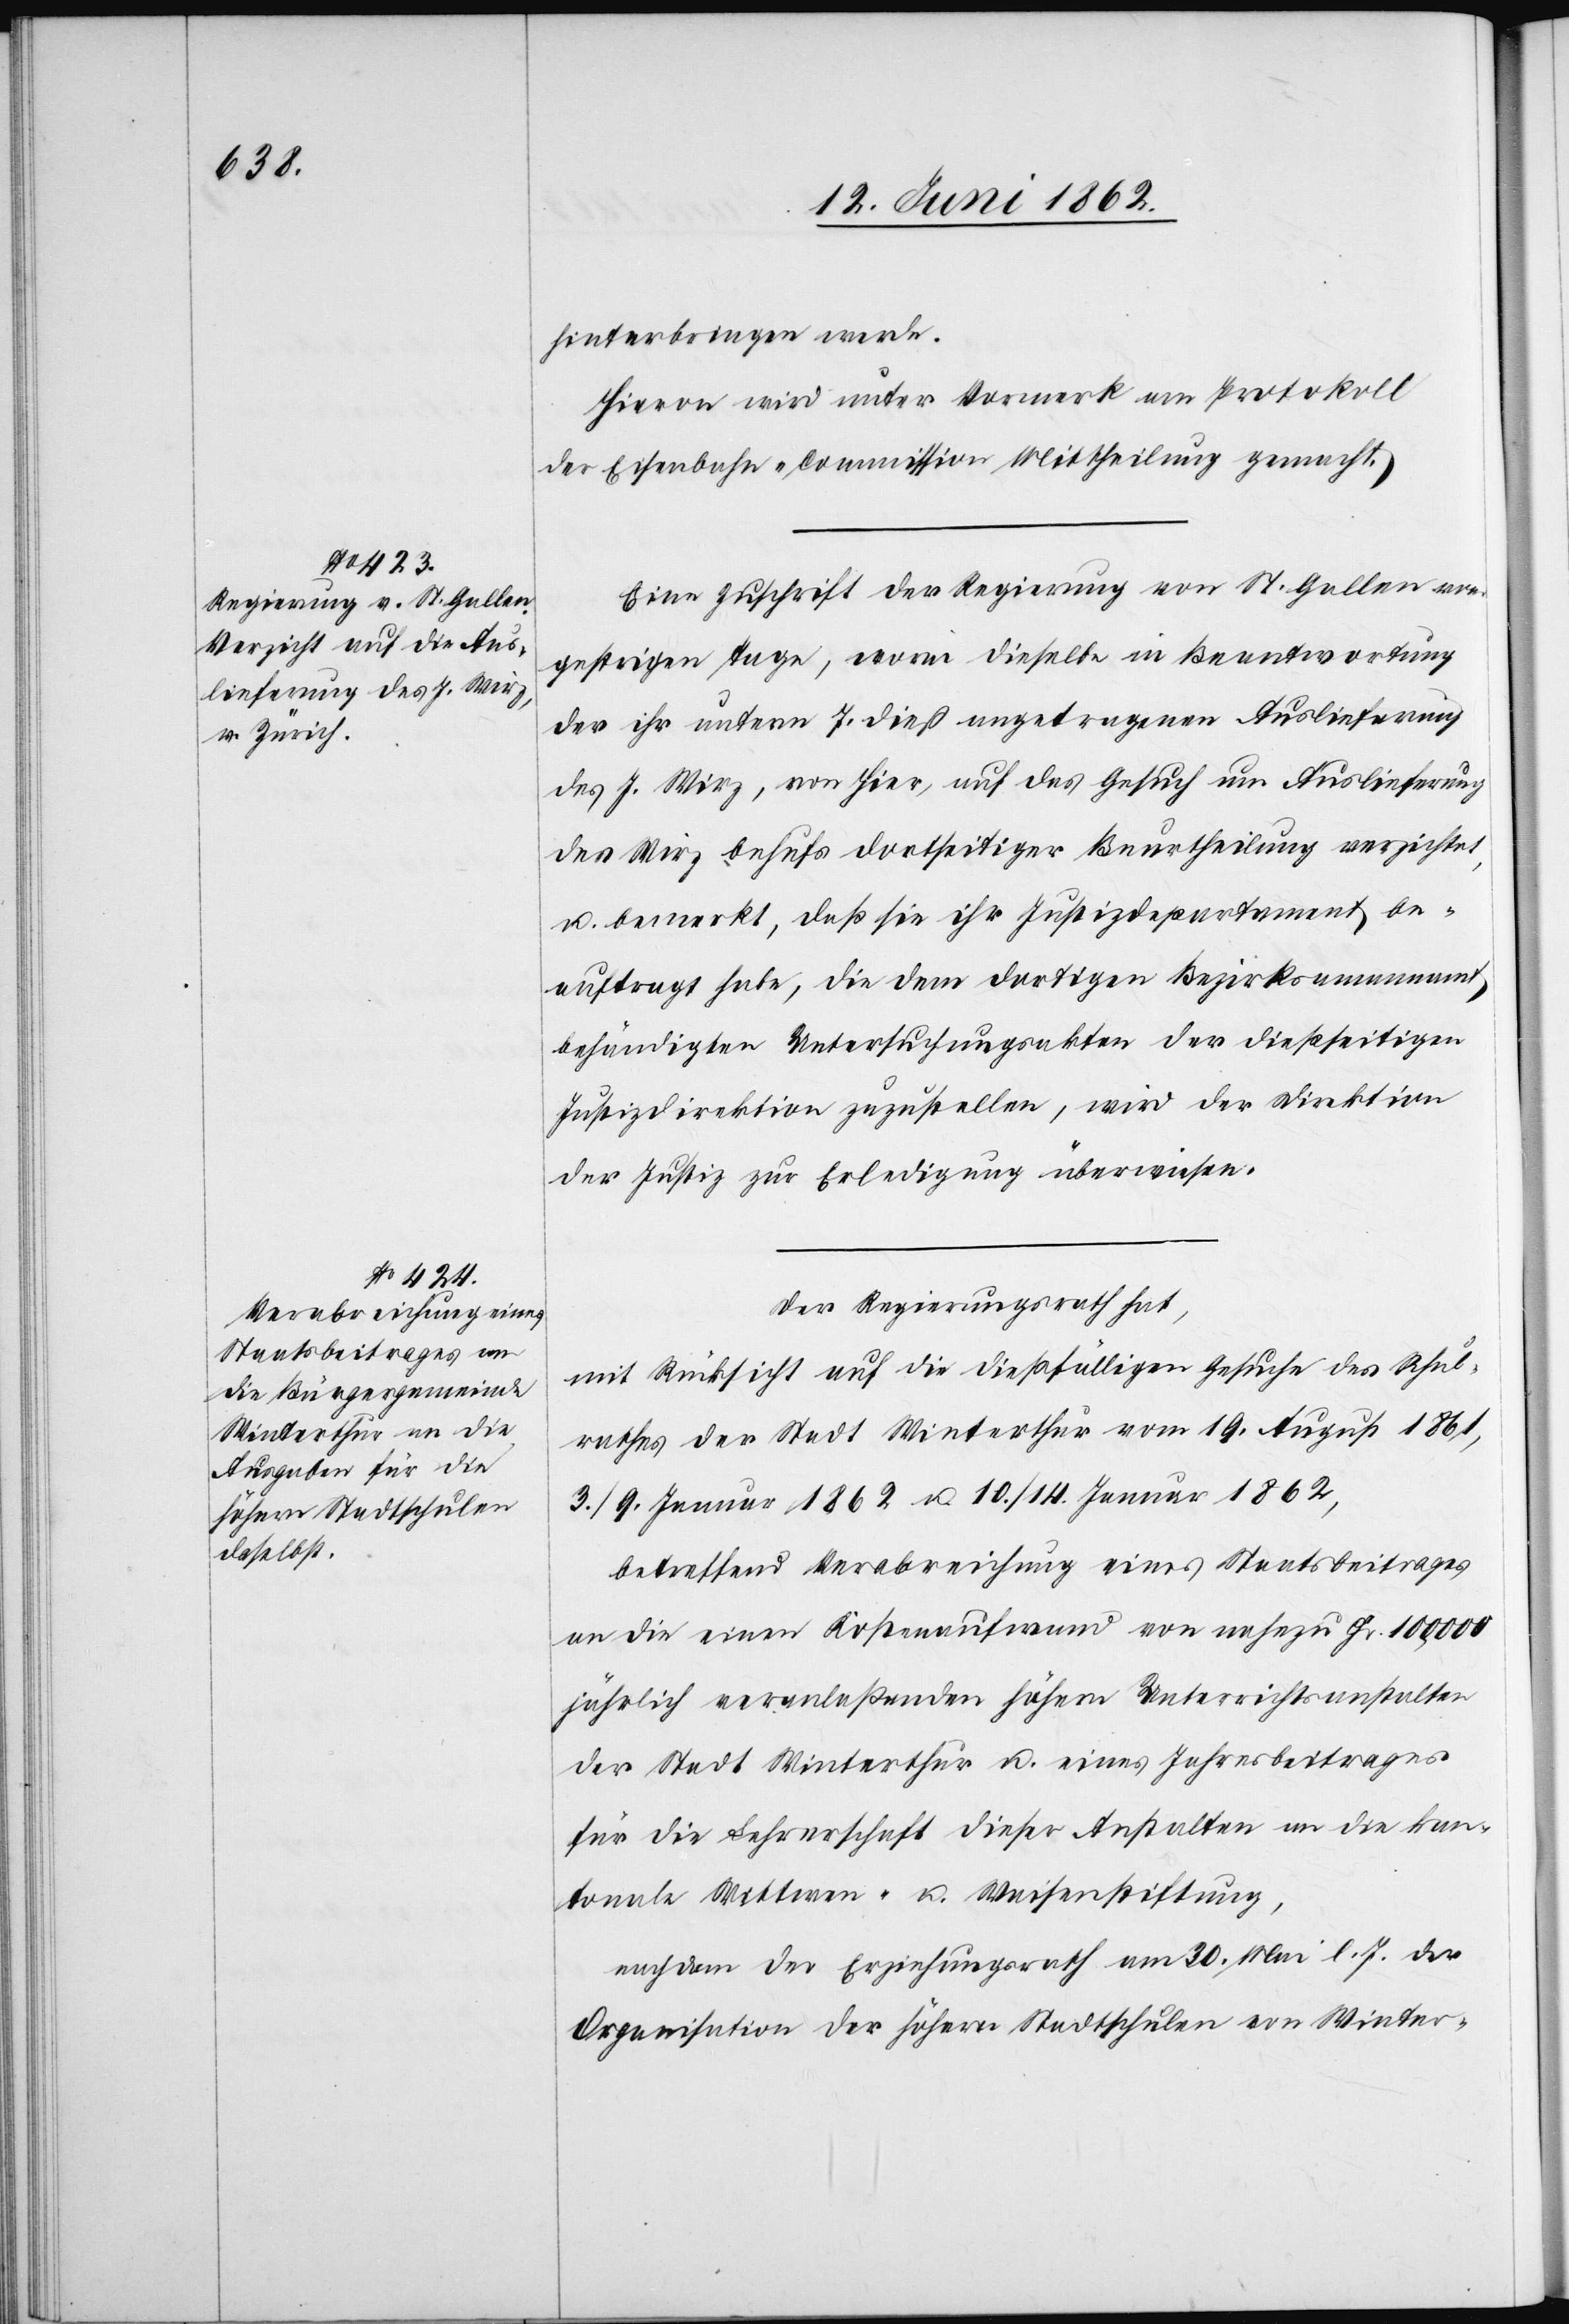
hinterbringen werde.
Hievon wird unter Vormerk am Protokoll
der Eisenbahn-Commission Mittheilung gemacht.
Eine Zuschrift der Regierung von St. Gallen vom
gestrigen Tage, worin dieselbe in Beantwortung
der ihr unterm 7. dieß angetragenen Auslieferung
des J. Wirz, von hier, auf das Gesuch um Auslieferung
des Wirz behufs dortseitiger Beurtheilung verzichtet,
u. bemerkt, daß sie ihr Justizdepartement be¬
auftragt habe, die dem dortigen Bezirksammannamt
behändigten Untersuchungsakten der dießseitigen
Justizdirektion zuzustellen, wird der Direktion
der Justiz zur Erledigung überwiesen.
Der Regierungsrath hat,
mit Rücksicht auf die dießfälligen Gesuche des Schul¬
rathes der Stadt Winterthur vom 19. August 1861,
3./9. Januar 1862 u. 10./14. Januar 1862,
betreffend Verabreichung eines Staatsbeitrages
an die einen Kostenaufwand von nahezu Fr. 100,000
jährlich veranlaßenden höhern Unterrichtsanstalten
der Stadt Winterthur u. eines Jahresbeitrages
für die Lehrerschaft dieser Anstalten an die kan¬
tonale Wittwen- u. Waisenstiftung,
nachdem der Erziehungsrath am 30. Mai l. J. der
Organisation der höhern Stadtschulen von Winter-